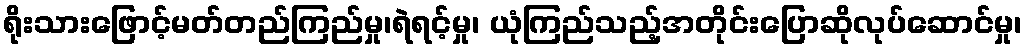
ရိုးသားဖြောင့်မတ်တည်ကြည်မှု၊ရဲရင့်မှု၊ ယုံကြည်သည့်အတိုင်းပြောဆိုလုပ်ဆောင်မှု၊